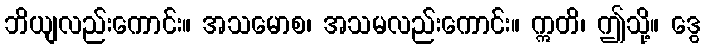
ဘိယျလည်းကောင်း။ အသမောစ၊ အသမလည်းကောင်း။ ဣတိ၊ ဤသို့။ ဒွေ